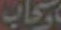
وسحاب